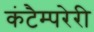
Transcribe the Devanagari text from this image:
कंटैम्परेरी